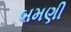
બમણી